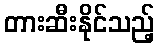
တားဆီးနိုင်သည့်